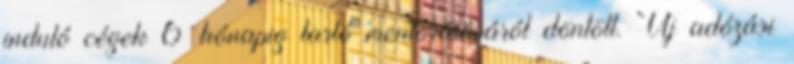
induló cégek 6 hónapig tartó mentorálásáról döntött. Új adózási